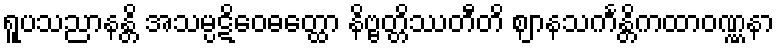
ရူပသညာနန္တိ အသမ္ပဋိဝေဓတ္ထော နိဗ္ဗတ္တိဿတီတိ ဈာနသင်္ကန္တိကထာဝဏ္ဏနာ